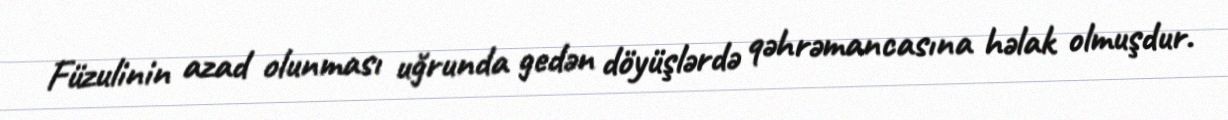
Füzulinin azad olunması uğrunda gedən döyüşlərdə qəhrəmancasına həlak olmuşdur.